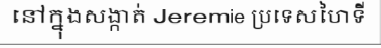
នៅក្នុងសង្កាត់ Jeremie ប្រទេសហៃទី